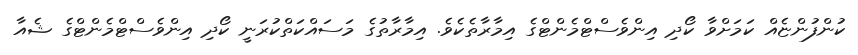
ކުންފުންޏެއް ކަމަށްވާ ކޯދި އިންވެސްޓްމެންޓްގެ އިމާރާތެކެވެ. އިމާރާތުގެ މަސައްކަތްކުރަނީ ކޯދި އިންވެސްޓްމެންޓްގެ ޝެއާ